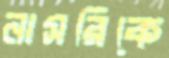
নাসরিকে